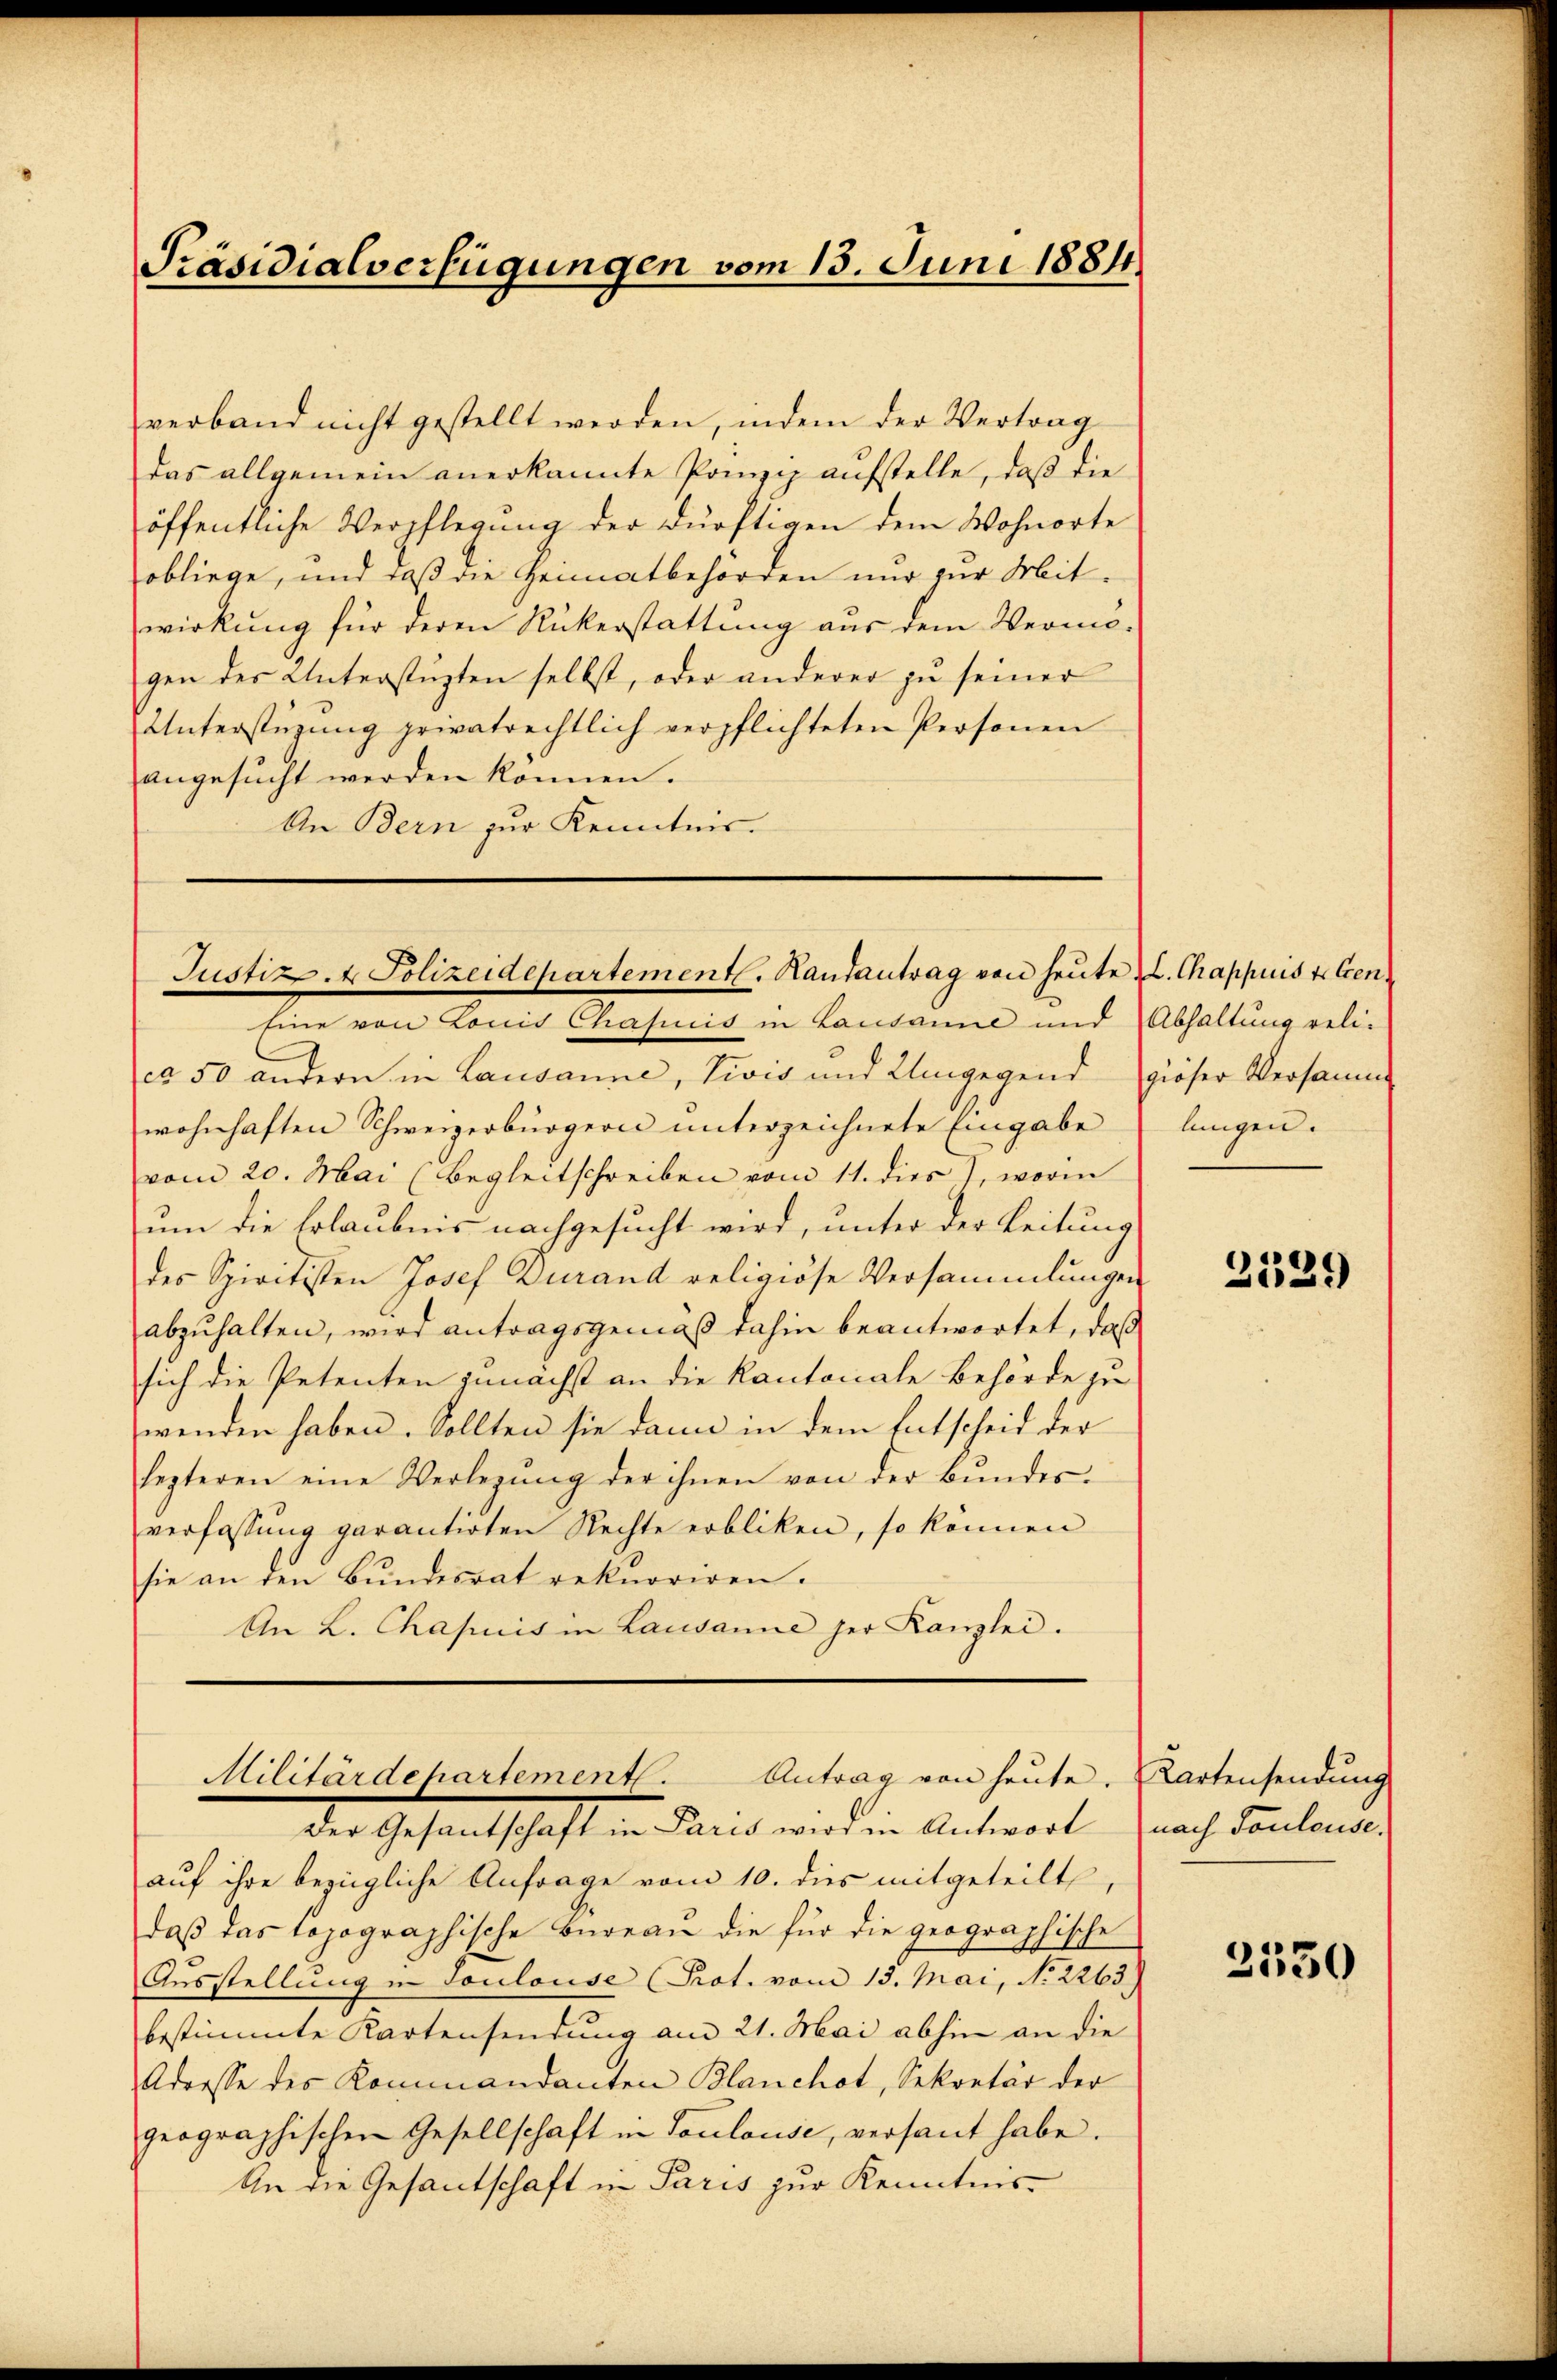
Präsidialverfügungen vom 13. Juni 1884

verband nicht gestellt werden, indem der Vertrag
das allgemein anerkannte Prinzip aufstelle, daß die
öffentliche Verpflegung der dürftigen dem Wohnorte
sobliege, und daß die Heimatbehörden nur zur Mit-
wirkung für deren Rükerstattung aus dem Vermö-
gen der Unterstützten selbst, oder anderer zu seiner
Unterstüzung privatrechtlich verpflichteten Personen
angesucht werden können.
An Bern zur Kenntnis.

Justiz- & Polizeidepartement. Hautantrag von heute L. Chappuis t. Cen¬
Eine von Louis Chasuis in Lausanne und Abhaltung reli-

cs 50 andern in Lausanne, Vivis und Umgegend giöser Versamme
wohnhaften Schweizerbürgern unterzeichnete Eingabe langen.
vom 20. Mai (Begleitschreiben vom 11. dies, worin
um die Erlaubnis nachgesucht wird, unter der Leitung
des Spiritisten Josef Durand religiöse Versammlungen
abzuhalten, wird antragsgemäß dahin beantwortet, daß
sich die Petenten zunächst an die Kantonale Behörde zu
wenden haben. Sollten sie dann in dem Entscheid der
lezteren eine Verlegŭng der ihnen von der Bŭndes-
verfassung garantirten Rechte erbliken, so können
sie an den Bundesrat reknoriren.
An L. Chasis in Lausanne her Kanzlei.

Antrag von heute. (Kartensendung
Militärdepartement.
der Gesandtschaft in Fund wird in Antwort

auf ihre bezügliche Anfrage vom 10. dies mitgeteilt
daβ das topographische Büreaŭ die für die geographische
Ausstellung in Toulouse (Prot. vom 13. Mai, No 2263.
bestimmte Kartensendung am 21. Mai abhin an die
Adresse des Kommandanten Blanchot, Sekretär der
geographischen Gesellschaft in Toulouse, versant habe.
An die Gesantschaft in Paris zur Kenntnis¬

2339)

nach Tauleuse.

2530